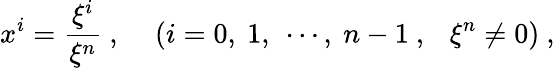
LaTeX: x^{i}=\frac{\xi^{i}}{\xi^{n}}~,~~~~\left(i=0,~1,~\cdots,~n-1~,~~~\xi^{n}\not=0\right)~,